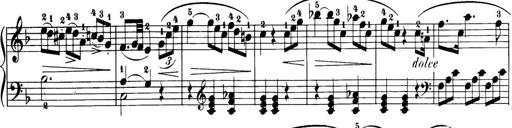
Title: 32 Sonatinas and Rondos for the Piano
Composer: Richard Kleinmichel